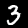
Label: 3